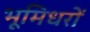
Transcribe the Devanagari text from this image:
भूमिधरों